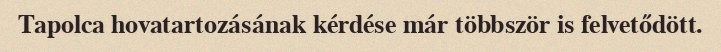
Tapolca hovatartozásának kérdése már többször is felvetődött.